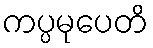
ကပ္ပမုပေတိ